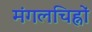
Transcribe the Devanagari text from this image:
मंगलचिह्नों